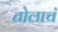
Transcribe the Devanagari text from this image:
तोलाचं